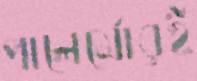
পালের্মোরই